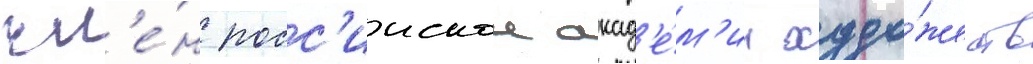
чл'е́н росс'иискои акад'е́м'ии худо́жеств